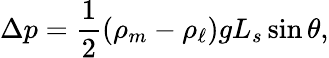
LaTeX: \Delta p=\frac{1}{2}(\rho_{m}-\rho_{\ell})gL_{s}\sin\theta,